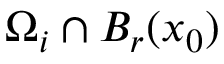
\Omega _ { i } \cap B _ { r } ( x _ { 0 } )